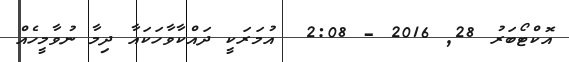
އޮކްޓޯބަރު 28